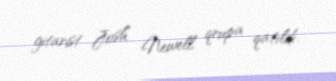
gitarist Josh Newell qrupa qatıldı.